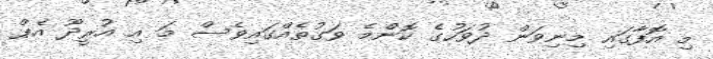
މި އޮފާގައި މިނިވަން ދުވަހުގެ ކޮންމެ ވަގުތެއްގައިވެސް މަ އި އުރީދޫ އެޕް